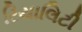
રિયાલિટી